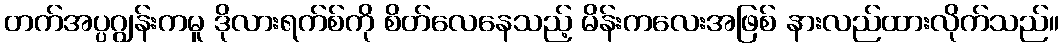
တက်အပ္ပဂျွန်းကမူ ဒိုလားရက်စ်ကို စိတ်လေနေသည့် မိန်းကလေးအဖြစ် နားလည်ထားလိုက်သည်။